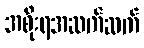
အစိုးရအဆက်ဆက်